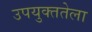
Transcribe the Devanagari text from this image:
उपयुक्ततेला